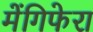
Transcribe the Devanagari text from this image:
मेंगिफेरा